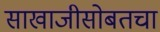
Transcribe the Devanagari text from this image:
साखाजीसोबतचा